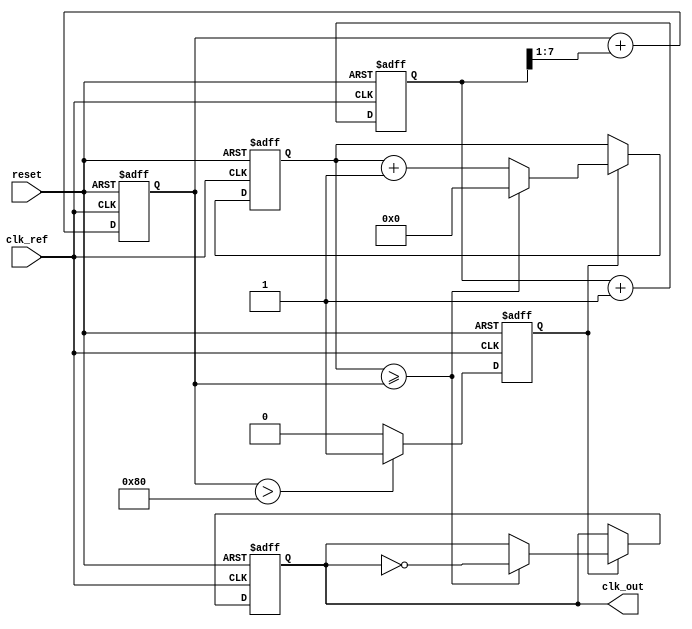
module MemoryBlocksAnalogPLL (
    input wire clk_ref,          // Reference clock input
    input wire reset,            // Reset signal
    output reg clk_out           // Output clock
);

// Parameters
parameter PHASE_ERROR_WIDTH = 8; // Width of phase error signal
parameter MEMORY_SIZE = 16;       // Size of memory block

// Internal signals
reg [PHASE_ERROR_WIDTH-1:0] phase_error; // Phase error signal
reg [PHASE_ERROR_WIDTH-1:0] control_voltage; // Control voltage for VCO
reg [MEMORY_SIZE-1:0] memory_block; // Memory block for storing phase info
reg [3:0] vco_counter; // VCO counter for generating output clock
reg vco_enable; // VCO enable signal

// Phase Detector (PD)
always @(posedge clk_ref or posedge reset) begin
    if (reset) begin
        phase_error <= 0;
    end else begin
        // Simple phase detection logic (for illustration)
        // In a real design, this would compare the reference clock with the output clock
        phase_error <= phase_error + 1; // Increment phase error for demonstration
    end
end

// Loop Filter (LF)
always @(posedge clk_ref or posedge reset) begin
    if (reset) begin
        control_voltage <= 0;
    end else begin
        // Simple low-pass filter logic (for illustration)
        control_voltage <= control_voltage + (phase_error >> 1); // Smoothing phase error
    end
end

// Voltage-Controlled Oscillator (VCO)
always @(posedge clk_ref or posedge reset) begin
    if (reset) begin
        vco_counter <= 0;
        clk_out <= 0;
        vco_enable <= 0;
    end else begin
        // VCO logic (for illustration)
        if (control_voltage > 128) begin // Example threshold
            vco_enable <= 1;
        end else begin
            vco_enable <= 0;
        end
        
        if (vco_enable) begin
            vco_counter <= vco_counter + 1;
            if (vco_counter >= control_voltage) begin
                clk_out <= ~clk_out; // Toggle output clock
                vco_counter <= 0; // Reset counter
            end
        end
    end
end

// Memory Block
always @(posedge clk_ref or posedge reset) begin
    if (reset) begin
        memory_block <= 0;
    end else begin
        // Store phase information (for illustration)
        memory_block <= {memory_block[MEMORY_SIZE-2:0], phase_error[0]}; // Shift in phase error
    end
end

endmodule